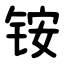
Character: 铵